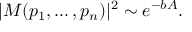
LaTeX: | M ( p _ { 1 } , \ldots , p _ { n } ) | ^ { 2 } \sim e ^ { - b A } .